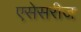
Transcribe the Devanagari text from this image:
एसेसरीज